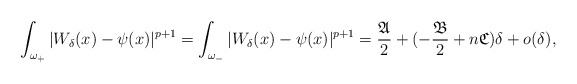
\begin{align*}&\int_{\omega_+}|W_{\delta}(x)-\psi(x)|^{p+1}=\int_{\omega_-}|W_{\delta}(x)-\psi(x)|^{p+1}=\frac{\mathfrak{A}}{2}+(-\frac{\mathfrak{B}}{2}+n \mathfrak{C})\delta+o(\delta),\end{align*}